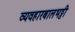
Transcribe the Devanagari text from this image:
व्यवहारबालभट्टी